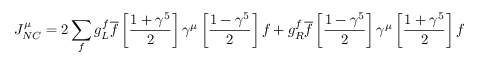
J _ { N C } ^ { \mu } = 2 \sum _ { f } g _ { L } ^ { f } \overline { { f } } \left[ \frac { 1 + \gamma ^ { 5 } } { 2 } \right] \gamma ^ { \mu } \left[ \frac { 1 - \gamma ^ { 5 } } { 2 } \right] f + g _ { R } ^ { f } \overline { { f } } \left[ \frac { 1 - \gamma ^ { 5 } } { 2 } \right] \gamma ^ { \mu } \left[ \frac { 1 + \gamma ^ { 5 } } { 2 } \right] f